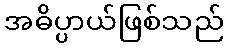
အဓိပ္ပာယ်ဖြစ်သည်